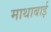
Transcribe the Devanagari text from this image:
माथाबाई